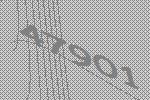
47901